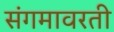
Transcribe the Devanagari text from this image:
संगमावरती